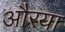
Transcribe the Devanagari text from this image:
औरया